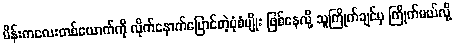
မိန်းကလေးတစ်ယောက်ကို လိုက်နောက်ပြောင်တဲ့ပုံစံမျိုး ဖြစ်နေလို့ သူကြိုက်ချင်မှ ကြိုက်မယ်လို့